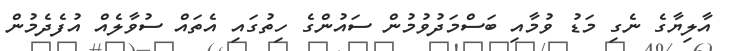
އާލިޔާގެ ނެގި މަޑު ވުމާއި ބަސްމަދުވުމުން ސައުންގެ ހިތުގައި އެތައް ސުވާލެއް އުފެދެމުން